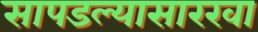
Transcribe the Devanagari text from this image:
सापडल्यासारखा